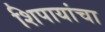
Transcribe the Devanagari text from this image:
शिपायांचा